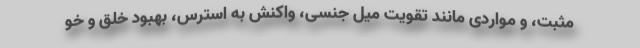
مثبت، و مواردی مانند تقویت میل جنسی، واکنش به استرس، بهبود خلق و خو